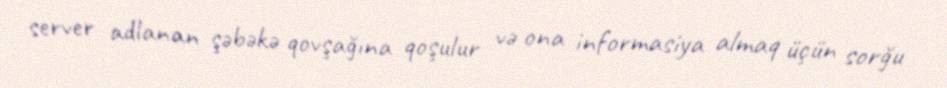
server adlanan şəbəkə qovşağına qoşulur və ona informasiya almaq üçün sorğu